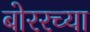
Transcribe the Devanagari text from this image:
बोररच्या